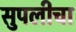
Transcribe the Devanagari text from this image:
सुपलीचा